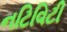
નટિવિટી